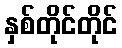
နှစ်တိုင်တိုင်